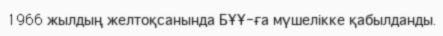
1966 жылдың желтоқсанында БҰҰ-ға мүшелікке қабылданды.